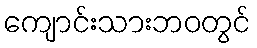
ကျောင်းသားဘဝတွင်